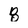
Character: 8